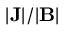
| \mathbf { J } | / | \mathbf { B } |